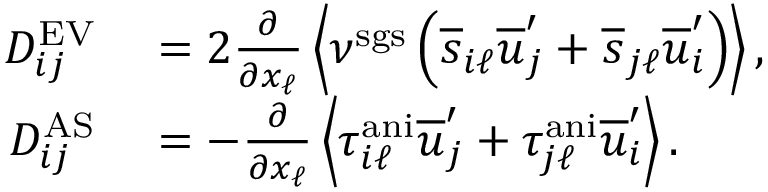
\begin{array} { r l } { D _ { i j } ^ { \mathrm { E V } } } & { { } = 2 \frac { \partial } { \partial x _ { \ell } } \left< \nu ^ { \mathrm { s g s } } \left( \overline { { s } } _ { i \ell } \overline { { u } } _ { j } ^ { \prime } + \overline { { s } } _ { j \ell } \overline { { u } } _ { i } ^ { \prime } \right) \right> , } \\ { D _ { i j } ^ { \mathrm { A S } } } & { { } = - \frac { \partial } { \partial x _ { \ell } } \left< \tau _ { i \ell } ^ { \mathrm { a n i } } \overline { { u } } _ { j } ^ { \prime } + \tau _ { j \ell } ^ { \mathrm { a n i } } \overline { { u } } _ { i } ^ { \prime } \right> . } \end{array}